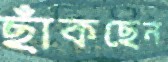
ছাঁকছেন